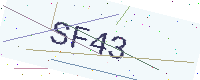
Text: SF43